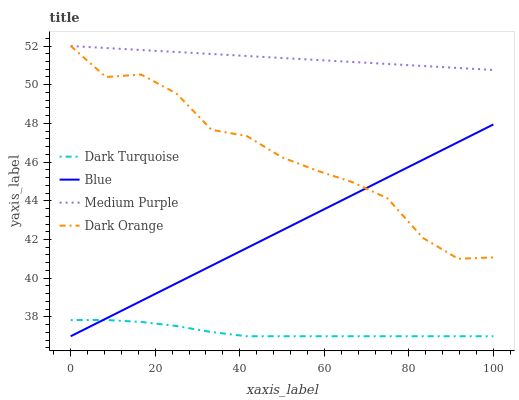
| xaxis_label | Dark Turquoise | Blue | Medium Purple | Dark Orange |
 | --- | --- | --- | --- | --- |
 | 0 | 37.8 | 37 | 52 | 52 |
 | 8.33 | 37.8 | 37.9 | 51.9 | 50.4 |
 | 16.7 | 37.7 | 38.8 | 51.8 | 50.5 |
 | 25 | 37.5 | 39.7 | 51.7 | 49.5 |
 | 33.3 | 37.2 | 40.6 | 51.6 | 47.7 |
 | 41.7 | 37 | 41.6 | 51.5 | 47.3 |
 | 50 | 37 | 42.5 | 51.4 | 46.2 |
 | 58.3 | 37 | 43.4 | 51.3 | 45.6 |
 | 66.7 | 37 | 44.3 | 51.2 | 45 |
 | 75 | 37 | 45.2 | 51.1 | 44.1 |
 | 83.3 | 37 | 46.1 | 51 | 42.1 |
 | 91.7 | 37 | 47 | 50.9 | 41 |
 | 100 | 37 | 47.9 | 50.8 | 41.1 |